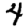
Digit: 4